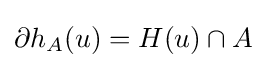
\partial h_{A}(u)=H(u)\cap A